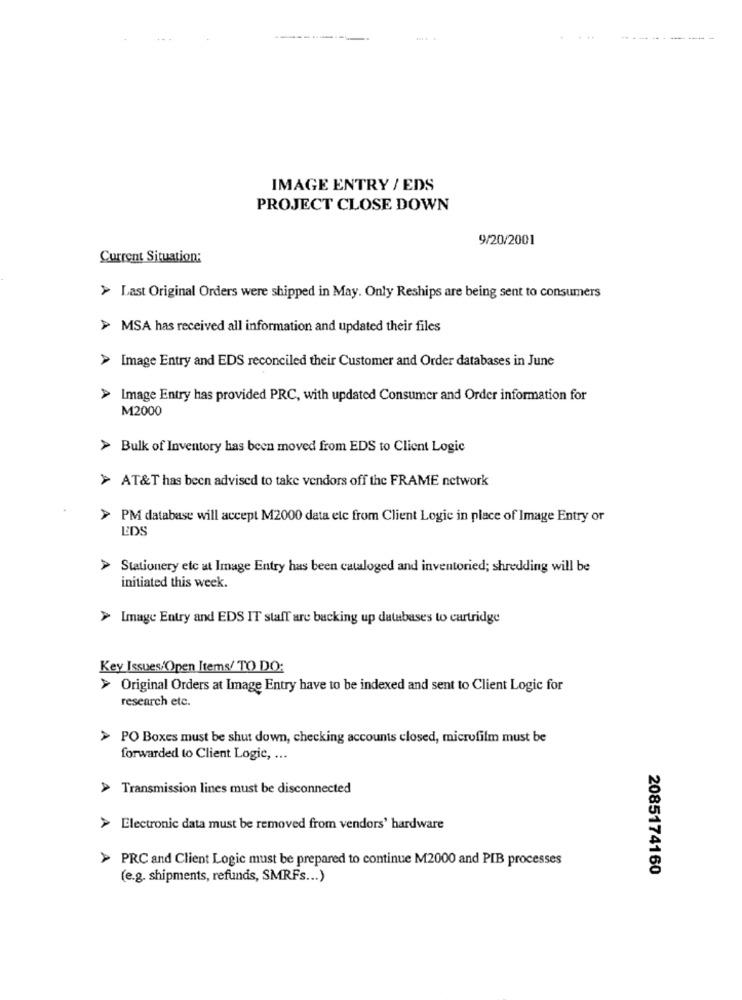
IMAGE ENTRY / EDS
PROJECT CLOSE DOWN
9/20/2001
Current Situation:
> Last Original Orders were shipped in May. Only Reships are being sent to consumers
> MSA has received all information and updated their files
> Image Entry and EDS reconciled their Customer and Order databases in June
Image Entry has provided PRC, with updated Consumer and Order information for
M2000
> Bulk of Inventory has been moved from EDS to Client Logic
> AT&T has been advised to take vendors off the FRAME network
> PM database will accept M2000 data ele from Client Logic in place of Image Entry or
EDS
> Stationery etc at Image Entry has been cataloged and inventoried; shredding will be
initiated this week.
> Image Entry and EDS IT staff are backing up databases to cartridge
Key Issues:Open Items/ TO DO:
> Original Orders at Image Entry have to be indexed and sent to Client Logic for
research etc.
> PO Boxes must be shut down, checking accounts closed, microfilm must be
forwarded to Client Logie, ...
Transmission lines must be disconnected
> Electronic data must be removed from vendors' hardware
> PRC and Client Logic must be prepared to continue M2000 and PIB processes
2085174160
(e.g. shipments, refunds, SMRFs ... )